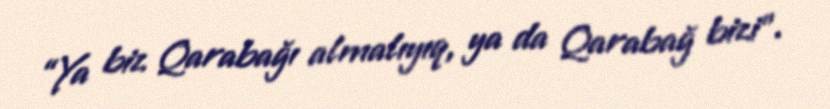
“Ya biz Qarabağı almalıyıq, ya da Qarabağ bizi”.